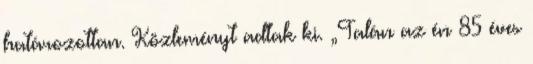
határozottan. Közleményt adtak ki. „Talán az én 85 éves